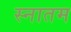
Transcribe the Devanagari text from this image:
स्नातम